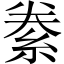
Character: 絭